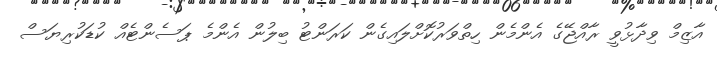
އާޒިމް ވިދާޅުވީ ރާއްޖޭގެ އެންމެން ހިތްވަރުކޮށްލައިގެން ކަރަންޓު ބިލުން އެންމެ ޕަސެންޓެއް ކުޑަކުރިޔަސް